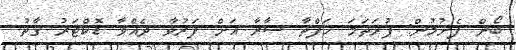
ބޯން ފެށުމުން: ފުރަތަމަ ހަފްތާ ސާރާ އަށް ފަރުވާ ދެއްވާ ޑޮކްޓަރު ގާތު